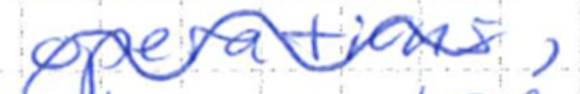
Text: operations,
Cross-out: wave
Writing tool: ballpoint